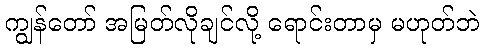
ကျွန်တော် အမြတ်လိုချင်လို့ ရောင်းတာမှ မဟုတ်ဘဲ